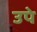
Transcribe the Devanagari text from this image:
उपे